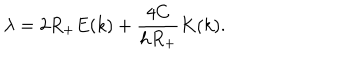
\lambda = 2 R _ { + } E ( k ) + \frac { 4 C } { h R _ { + } } K ( k ) .